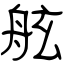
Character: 舷